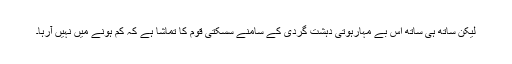
لیکن ساتھ ہی ساتھ اس بے مہارہوتی دہشت گردی کے سامنے سسکتی قوم کا تماشا ہے کہ کم ہونے میں نہیں آرہا۔